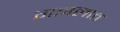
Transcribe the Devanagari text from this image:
गझलात